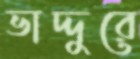
ভাদ্দুরে